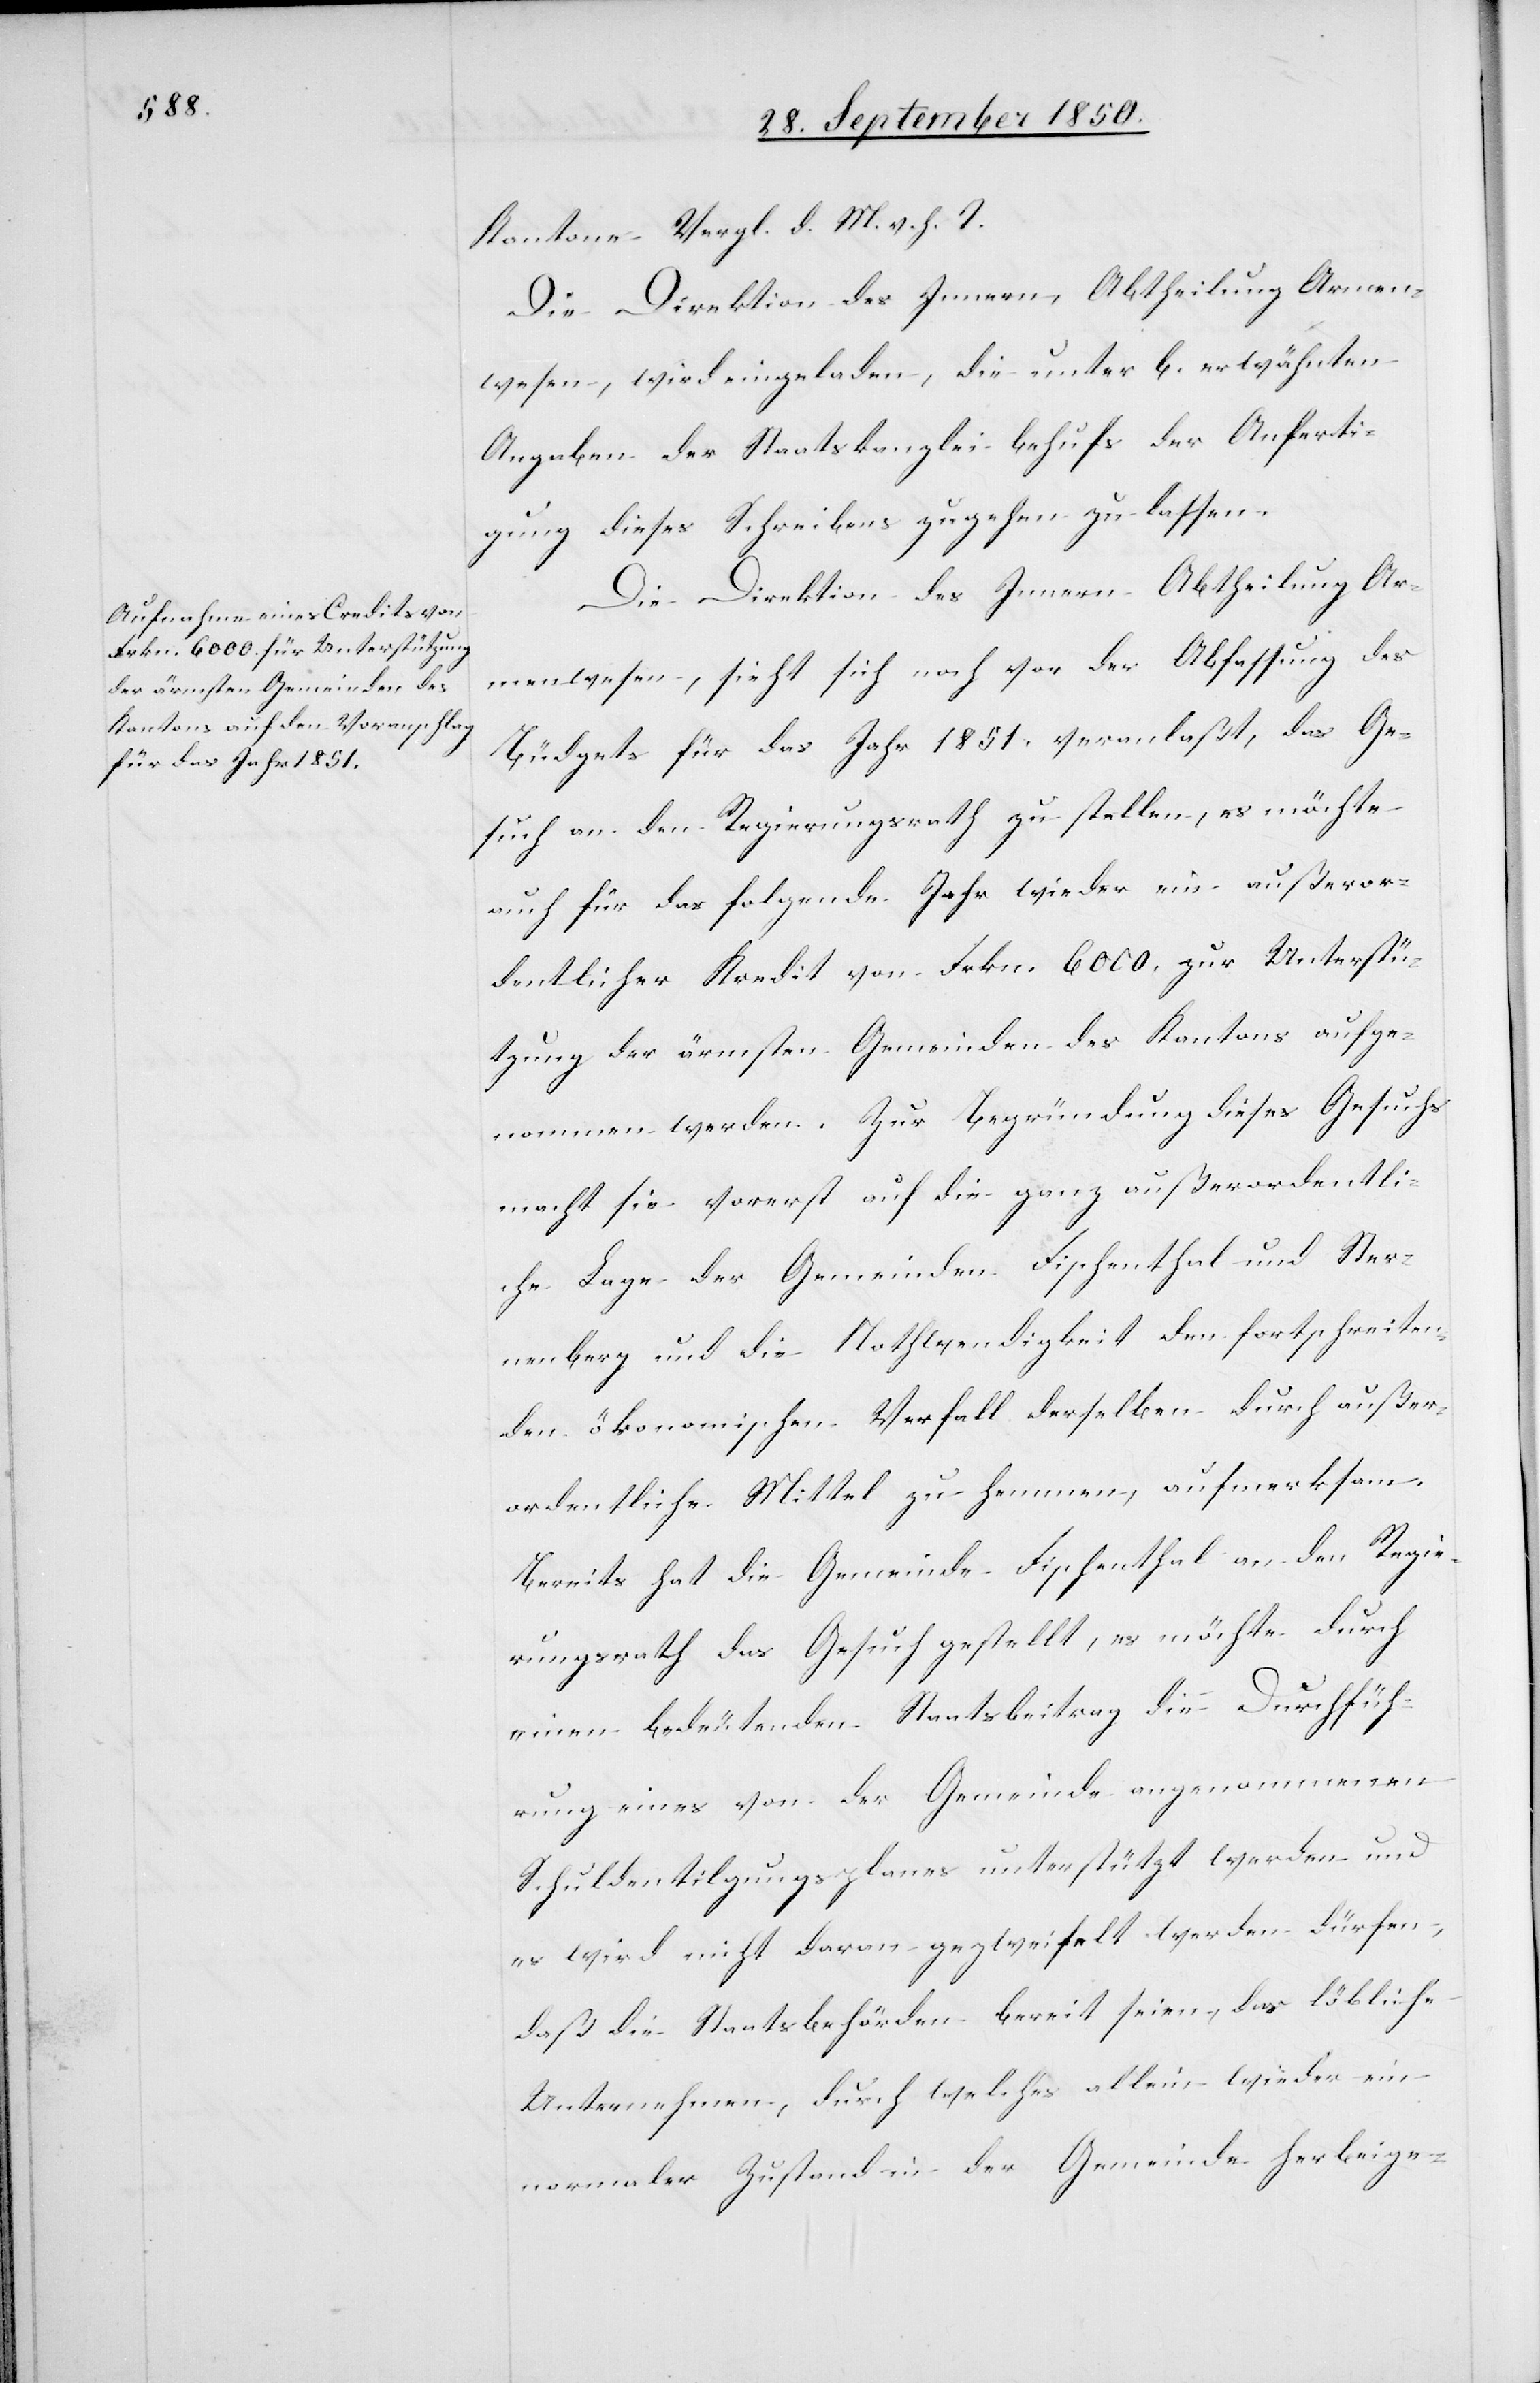
Kantone Vergl. d. M. v. h. T.
Die Direktion des Innern, Abtheilung Armen¬
wesen, wird eingeladen, die unter b. erwähnten
Angaben der Staatskanzlei behufs der Anferti¬
gung dieses Schreibens zugehen zu lassen.
Die Direktion des Innern Abtheilung Ar¬
menwesen, sieht sich noch vor der Abfassung des
Büdgets für das Jahr 1851. veranlaßt, das Ge¬
such an den Regierungsrath zu stellen, es möchte
auch für das folgende Jahr wieder ein außeror¬
dentlicher Kredit von Frkn. 6000. zur Unterstü¬
tzung der ärmsten Gemeinden des Kantons aufge¬
nommen werden. Zur Begründung dieses Gesuchs
macht sie vorerst auf die ganz außerordentli¬
che Lage der Gemeinden Fischenthal und Ster¬
nenberg und die Nothwendigkeit den fortschreiten¬
den ökonomischen Verfall derselben durch außer¬
ordentliche Mittel zu hemmen, aufmerksam.
Bereits hat die Gemeinde Fischenthal an den Regie¬
rungsrath das Gesuch gestellt, es möchte durch
einen bedeutenden Staatsbeitrag die Durchfüh¬
rung eines von der Gemeinde angenommenen
Schuldentilgungsplanes unterstützt werden und
es wird nicht daran gezweifelt werden dürfen,
daß die Staatsbehörden bereit seien, das löbliche
Unternehmen, durch welches allein wieder ein
normaler Zustand in der Gemeinde herbeige-